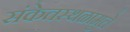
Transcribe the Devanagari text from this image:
संकेतस्थळामुले